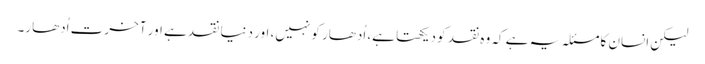
لیکن انسان کا مسئلہ یہ ہے کہ وہ نقد کو دیکھتا ہے، اُدھار کو نہیں، اور دنیا نقد ہے اور آخرت اُدھار۔